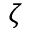
\zeta